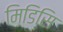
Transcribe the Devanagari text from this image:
मिडिसि